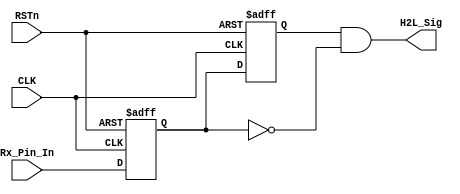
module detect_module 
(
    CLK, RSTn,
	Rx_Pin_In,
	H2L_Sig
);
     input CLK;
	 input RSTn;
	 input Rx_Pin_In;
	 output H2L_Sig;
	 
	 /******************************/
	 
	 reg H2L_F1;
	 reg H2L_F2;
	 
	 always @ ( posedge CLK or negedge RSTn )
	     if( !RSTn )
		      begin
				    H2L_F1 <= 1'b1;
					H2L_F2 <= 1'b1;
				end
		  else
		      begin
				    H2L_F1 <= Rx_Pin_In;
					H2L_F2 <= H2L_F1;
				end
				
	/***************************************/
	
	assign H2L_Sig = H2L_F2 & !H2L_F1;
	
	/***************************************/
	
endmodule